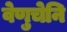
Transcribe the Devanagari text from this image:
वेणुचेनि